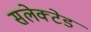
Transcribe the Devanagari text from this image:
सलेक्टेड